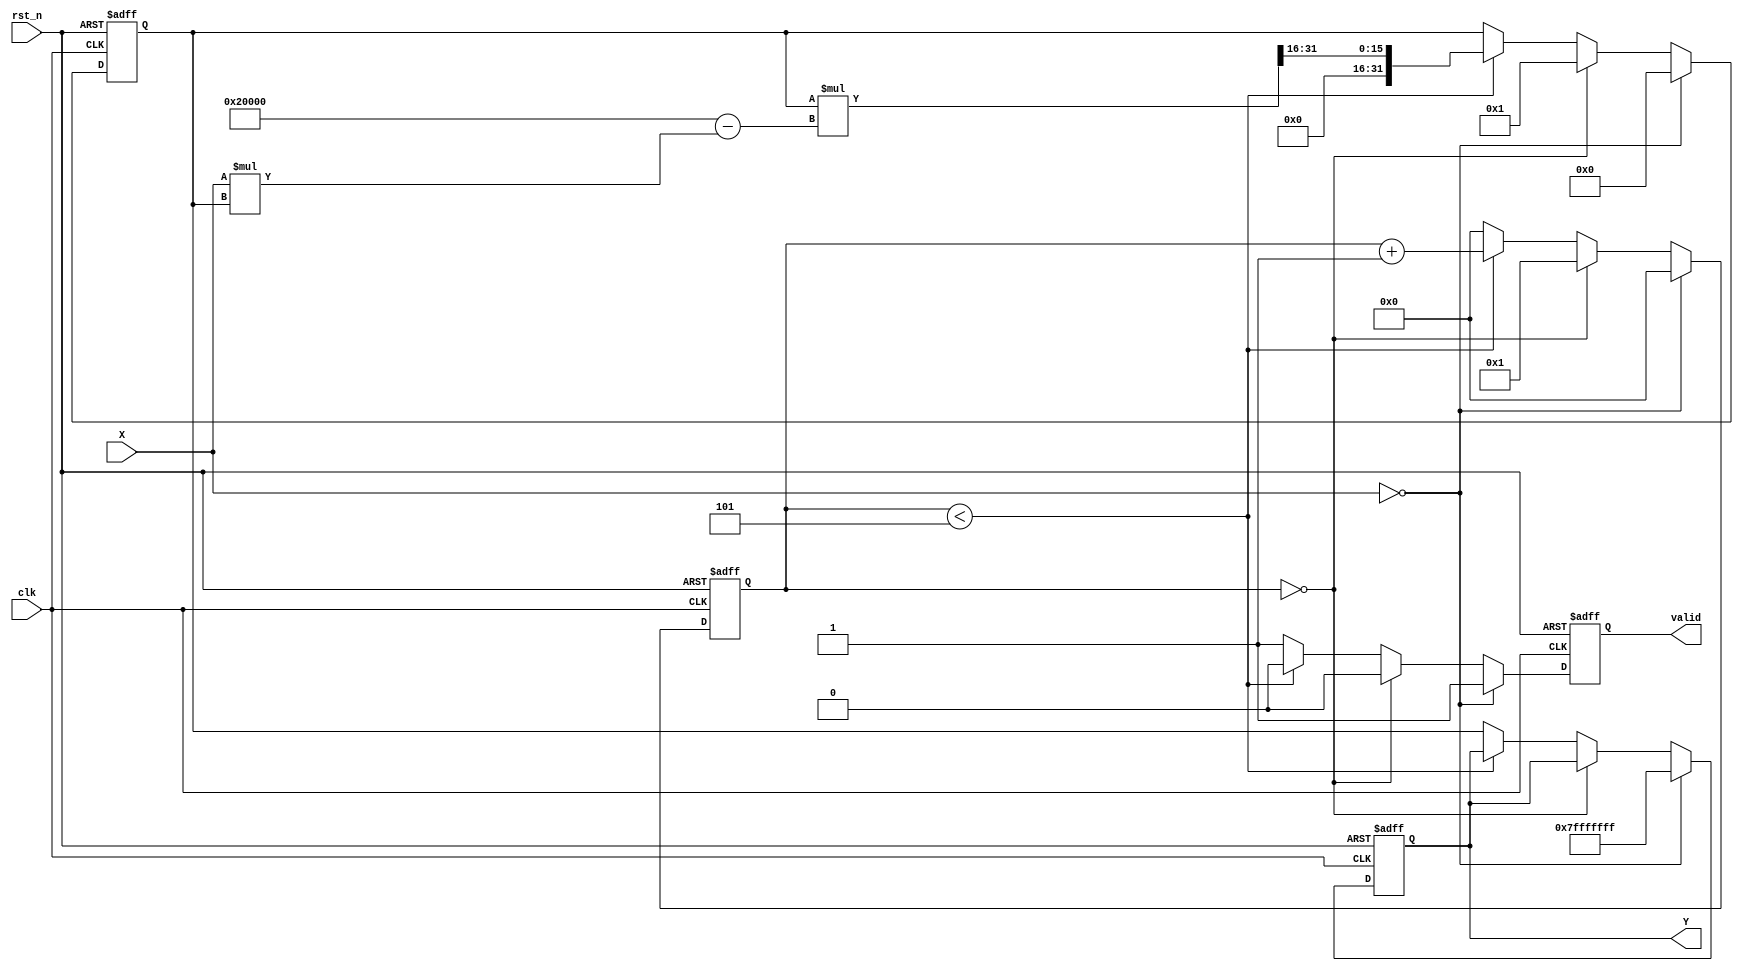
module fixed_point_reciprocal #(
    parameter M = 16, // Number of integer bits
    parameter N = 16  // Number of fractional bits
)(
    input wire clk,
    input wire rst_n,
    input wire [M+N-1:0] X, // Fixed-point input (Qm.n)
    output reg [M+N-1:0] Y,  // Fixed-point output (Qm.n)
    output reg valid          // Output valid signal
);

    // Internal parameters
    localparam MAX_VALUE = {1'b0, {M+N-1{1'b1}}}; // Maximum value for Qm.n
    localparam ZERO = {M+N{1'b0}}; // Zero value

    // Internal registers
    reg [M+N-1:0] approx; // Current approximation of the reciprocal
    reg [M+N-1:0] next_approx; // Next approximation
    reg [M+N-1:0] temp; // Temporary variable for calculations
    reg [4:0] iteration; // Iteration counter

    // State machine for computing reciprocal
    always @(posedge clk or negedge rst_n) begin
        if (!rst_n) begin
            Y <= 0;
            valid <= 0;
            approx <= 0;
            iteration <= 0;
        end else begin
            if (X == ZERO) begin
                // Handle zero input case
                Y <= MAX_VALUE; // or some error code
                valid <= 1;
                approx <= 0;
                iteration <= 0;
            end else if (iteration == 0) begin
                // Initial approximation: Y = 1 / X
                approx <= {1'b1, {M+N-1{1'b0}}} >> (M + N - 1); // Initial guess (1.0 in Qm.n)
                iteration <= 1;
                valid <= 0;
            end else if (iteration < 5) begin
                // Newton-Raphson iteration: approx = approx * (2 - X * approx)
                temp = X * approx; // X * approx
                next_approx = approx * (2**(N+1) - temp) >> N; // (2 - X * approx) * approx
                approx <= next_approx;
                iteration <= iteration + 1;
                valid <= 0;
            end else begin
                // Final output after iterations
                Y <= approx;
                valid <= 1;
                iteration <= 0; // Reset for next input
            end
        end
    end

endmodule